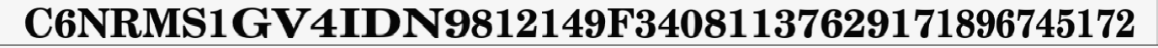
C6NRMS1GV4IDN9812149F34081137629171896745172